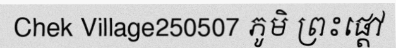
Chek Village250507 ភូមិ ព្រះផ្តៅ